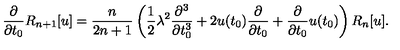
\frac { \partial } { \partial t _ { 0 } } R _ { n + 1 } [ u ] = \frac { n } { 2 n + 1 } \left( \frac { 1 } { 2 } \lambda ^ { 2 } \frac { \partial ^ { 3 } } { \partial t _ { 0 } ^ { 3 } } + 2 u ( t _ { 0 } ) \frac { \partial } { \partial t _ { 0 } } + \frac { \partial } { \partial t _ { 0 } } u ( t _ { 0 } ) \right) R _ { n } [ u ] .